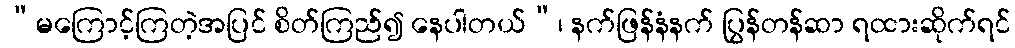
“မကြောင့်ကြတဲ့အပြင် စိတ်ကြည်၍ နေပါတယ်”၊ နက်ဖြန်နံနက် ပြွန်တန်ဆာ ရထားဆိုက်ရင်